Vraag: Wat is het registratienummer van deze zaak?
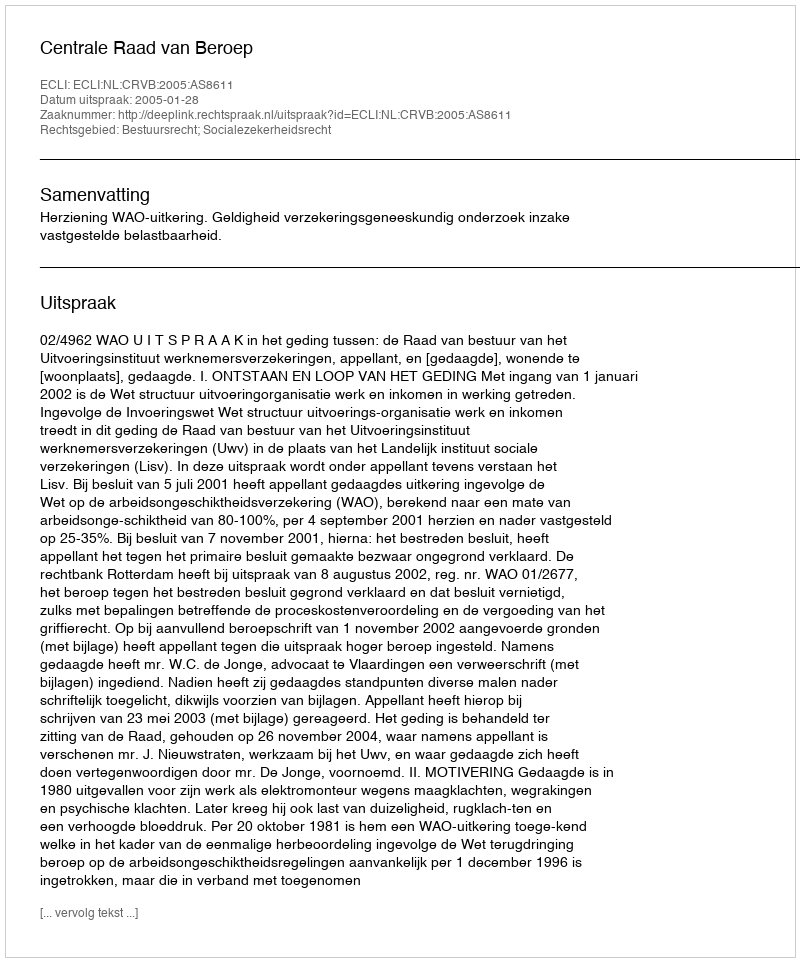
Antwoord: http://deeplink.rechtspraak.nl/uitspraak?id=ECLI:NL:CRVB:2005:AS8611